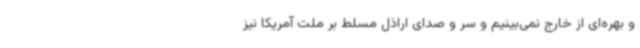
و بهره‌ای از خارج نمی‌بینیم و سر و صدای اراذل مسلط بر ملت آمریکا نیز